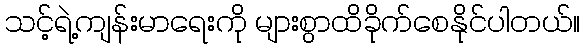
သင့်ရဲ့ကျန်းမာရေးကို များစွာထိခိုက်စေနိုင်ပါတယ်။